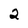
Character: 2